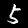
Label: 5